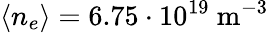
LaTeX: \langle n_{e}\rangle=6.75\cdot 10^{19}~\mathrm{m}^{-3}